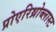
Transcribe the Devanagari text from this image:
प्रोएरिथ्रोब्लास्ट